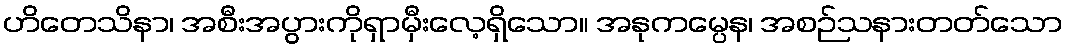
ဟိတေသိနာ၊ အစီးအပွားကိုရှာမှီးလေ့ရှိသော။ အနုကမ္ပေန၊ အစဉ်သနားတတ်သော